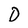
Character: D